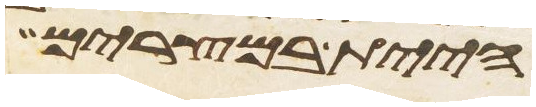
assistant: היית במצרים